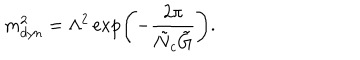
LaTeX: m _ { d y n } ^ { 2 } = \Lambda ^ { 2 } \exp \left( - \frac { 2 \pi } { \tilde { N } _ { c } \tilde { G } } \right) .